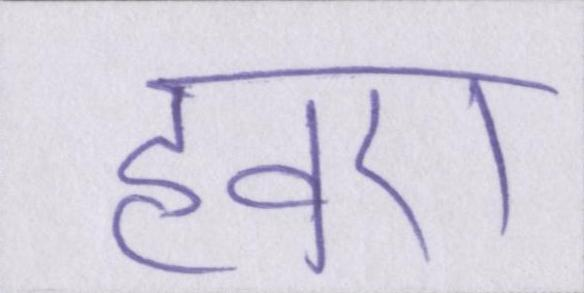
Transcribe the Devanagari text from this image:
हवए